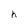
Character: h